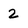
Character: 2